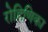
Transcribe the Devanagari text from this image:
रोहिणिका